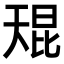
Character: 𫯬